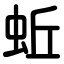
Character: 蚯